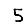
Digit: 5